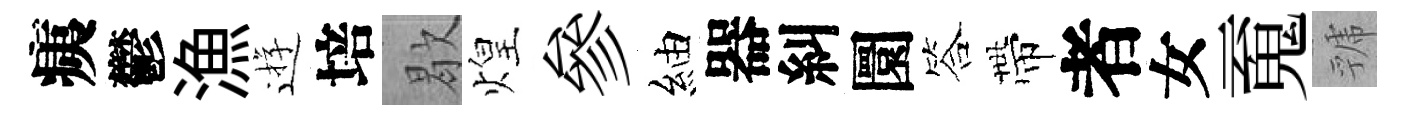
痍鬱漁逰培歇煌參紬器糾圜答帶者女䰟虢